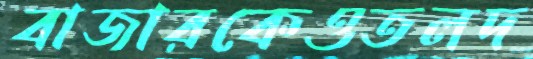
বাজারকেওতলদ